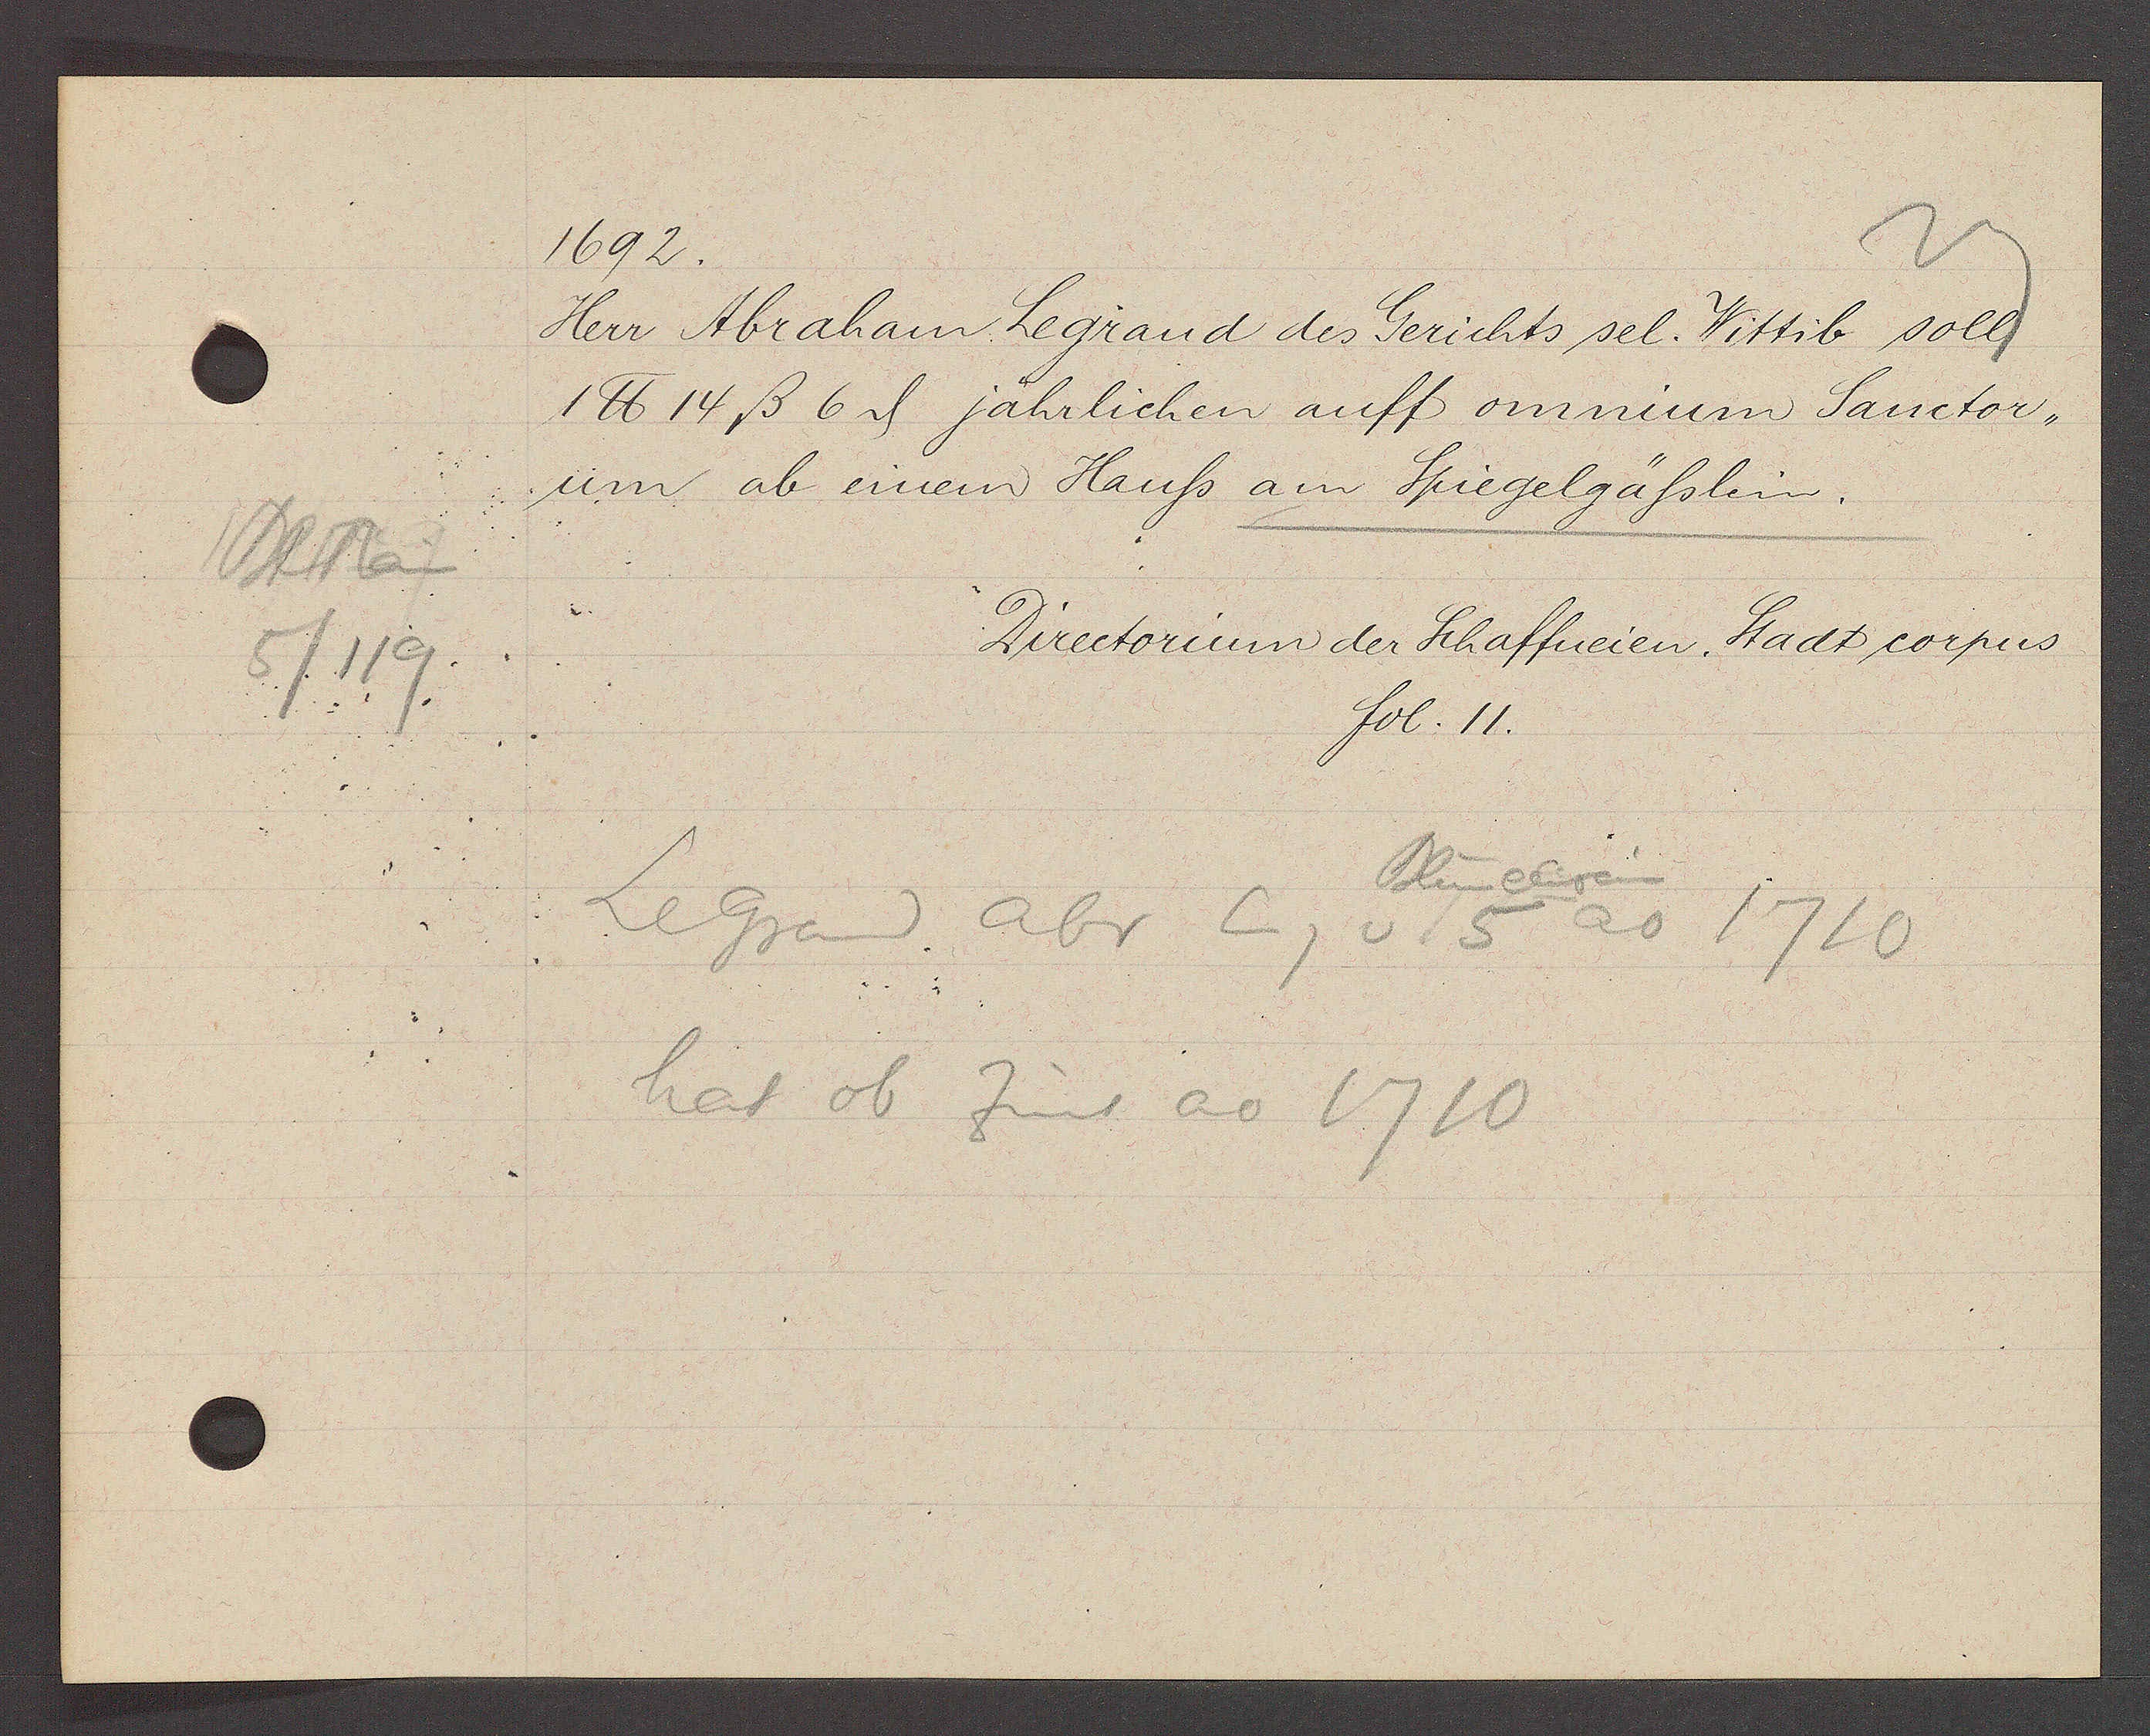
Transcript:
Blumrain
5/119

1692.

Herr Abraham Legrand des Gerichts sel. Wittib soll
1 ℔ 14 ß 6ȡ jährlichen auff onnium Sanctor¬
um ab einem Hauss am Spiegelgässlein.

Directorium der Schaffneien. Stadt corpus
fol. 11.

Legrand abr Eg
hat ob Zins ao 1710
Blumenrain
v 5
ao 1710